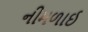
નીમળાઈ